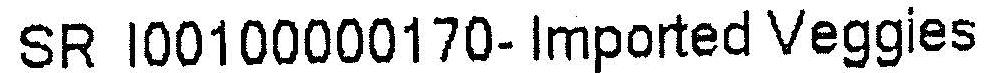
SR I00100000170- IMPORTED VEGGIES